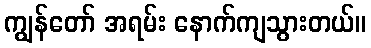
ကျွန်တော် အရမ်း နောက်ကျသွားတယ်။